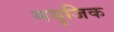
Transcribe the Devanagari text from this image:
मयुजिक